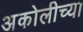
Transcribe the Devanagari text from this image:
अकोलीच्या